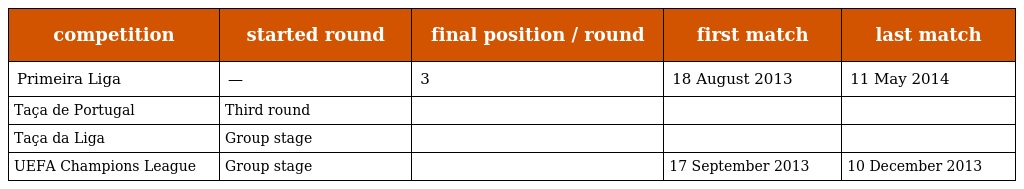
| competition | started round | final position / round | first match | last match |
 | --- | --- | --- | --- | --- |
 | Primeira Liga | — | 3 | 18 August 2013 | 11 May 2014 |
 | Taça de Portugal | Third round |  |  |  |
 | Taça da Liga | Group stage |  |  |  |
 | UEFA Champions League | Group stage |  | 17 September 2013 | 10 December 2013 |